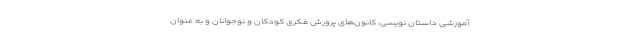
آموزشی داستان نویسی، کانون‌های پرورش فکری کودکان و نوجوانان و به عنوان